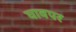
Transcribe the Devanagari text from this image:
घावपर